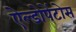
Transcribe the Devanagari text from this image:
ऐल्डोपेंटोस